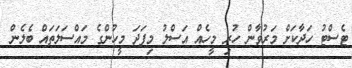
ޓެސްޓު ހަދާކަށް މަރުވާން ހުރި މީހެއް އަސްލު މިފަދަ މީހުންގެ މައްސަލަތައް ބެލެން